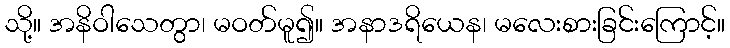
သို့။ အနိဝါသေတွာ၊ မဝတ်မူ၍။ အနာဒရိယေန၊ မလေးစားခြင်းကြောင့်။